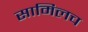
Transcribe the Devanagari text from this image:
सामिलच